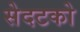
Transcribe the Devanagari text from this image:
सेदटको